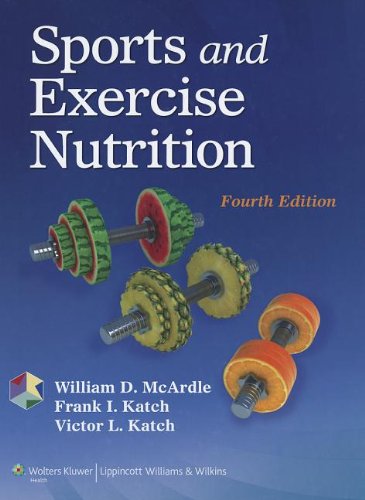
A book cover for Sports and Exercise Nutrition; William D. McArdle BS  M.Ed  PhD; Medical Books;